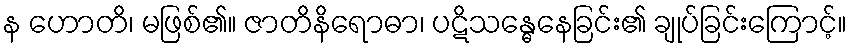
န ဟောတိ၊ မဖြစ်၏။ ဇာတိနိရောဓာ၊ ပဋိသန္ဓေနေခြင်း၏ ချုပ်ခြင်းကြောင့်။